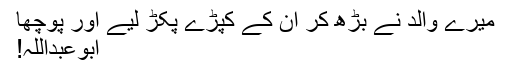
میرے والد نے بڑھ کر ان کے کپڑے پکڑ لیے اور پوچھا
ابوعبداللہ!